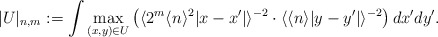
\begin{align*}|U|_{n,m}:=\int \max_{(x,y)\in U}\left(\langle 2^m \langle n\rangle^2 |x-x'|\rangle^{-2}\cdot \langle \langle n\rangle |y-y'|\rangle^{-2} \right)dx' dy'.\end{align*}